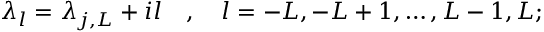
\lambda _ { l } = \lambda _ { j , L } + i l \quad , \quad l = - L , - L + 1 , \dots , L - 1 , L ;